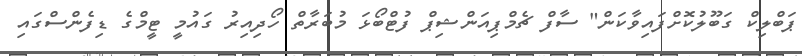
ޕަބްލިކް ގަބޫލުކޮށްފައިވާކަން" ސާފް ޗެމްޕިއަންޝިޕް ފުޓްބޯޅަ މުބަރާތް ހޯދިއިރު ގައުމީ ޓީމްގެ ޑިފެންސްގައި